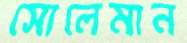
সোলেমান